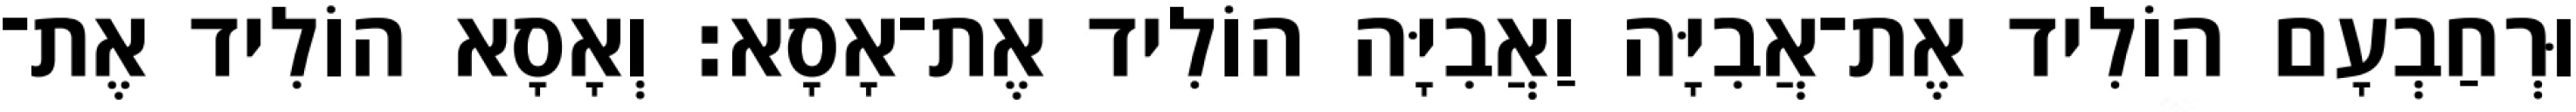
וּרְחַבְעָם הוֹלִיד אֶת־אֲבִיָּה וַאֲבִיָּה הוֹלִיד אֶת־אָסָא׃ וְאָסָא הוֹלִיד אֶת־